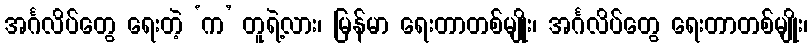
အင်္ဂလိပ်တွေ ရေးတဲ့ ‘က’ တူရဲ့လား၊ မြန်မာ ရေးတာတစ်မျိုး၊ အင်္ဂလိပ်တွေ ရေးတာတစ်မျိုး၊